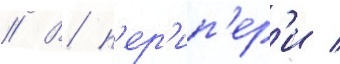
// В п'ер'ип'ер'и /